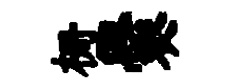
栅爨